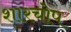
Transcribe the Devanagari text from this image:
शारचोप